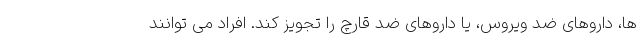
ها، داروهای ضد ویروس، یا داروهای ضد قارچ را تجویز کند. افراد می توانند